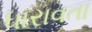
ધારાવતા